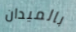
بالميدان